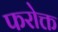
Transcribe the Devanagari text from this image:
फरोक्त